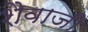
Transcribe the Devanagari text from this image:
शैवाजी